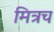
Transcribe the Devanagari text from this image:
मित्रच